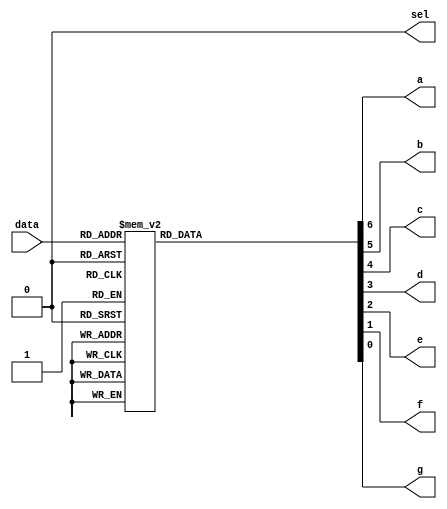
module LED(data,a,b,c,d,e,f,g,sel);
input [3:0]data;
output a,b,c,d,e,f,g,sel;
reg a,b,c,d,e,f,g;
assign sel=1'b0;
always@(data)
begin
case(data)
4'b0000:{a,b,c,d,e,f,g} = 7'b1111110;
4'b0001:{a,b,c,d,e,f,g} = 7'b0110000;
4'b0010:{a,b,c,d,e,f,g} = 7'b1101101;
4'b0011:{a,b,c,d,e,f,g} = 7'b1111001;
4'b0100:{a,b,c,d,e,f,g} = 7'b0110011;
4'b0101:{a,b,c,d,e,f,g} = 7'b1011011;
4'b0110:{a,b,c,d,e,f,g} = 7'b1011111;
4'b0111:{a,b,c,d,e,f,g} = 7'b1110000;
4'b1000:{a,b,c,d,e,f,g} = 7'b1111111;
4'b1001:{a,b,c,d,e,f,g} = 7'b1111011;
default:{a,b,c,d,e,f,g} = 7'bx;
endcase
end
endmodule